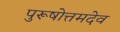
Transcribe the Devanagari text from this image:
पुरूषोत्तमदेव